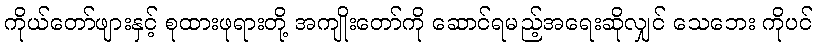
ကိုယ်တော်ဖျားနှင့် စုထားဖုရားတို့ အကျိုးတော်ကို ဆောင်ရမည့်အရေးဆိုလျှင် သေဘေး ကိုပင်